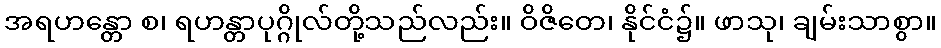
အရဟန္တော စ၊ ရဟန္တာပုဂ္ဂိုလ်တို့သည်လည်း။ ဝိဇိတေ၊ နိုင်ငံ၌။ ဖာသု၊ ချမ်းသာစွာ။